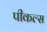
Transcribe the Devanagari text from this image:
पीकल्स